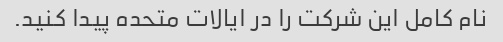
نام کامل این شرکت را در ایالات متحده پیدا کنید.